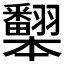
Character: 𰭦